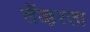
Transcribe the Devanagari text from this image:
लॅव्हरला